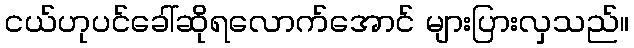
ငယ်ဟုပင်ခေါ်ဆိုရလောက်အောင် များပြားလှသည်။